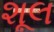
શૂલ